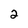
Character: 2